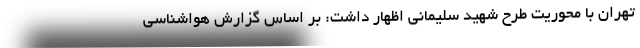
تهران با محوریت طرح شهید سلیمانی اظهار داشت: بر اساس گزارش هواشناسی